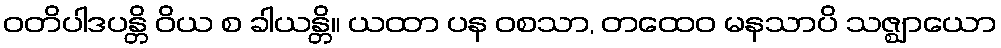
ဝတိပါဒပန္တိ ဝိယ စ ခါယန္တိ။ ယထာ ပန ဝစသာ, တထေဝ မနသာပိ သဇ္ဈာယော